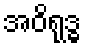
အဝိရုဒ္ဓ